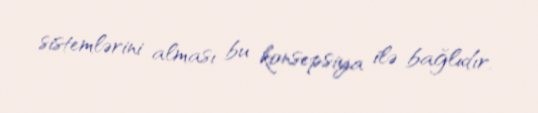
sistemlərini alması bu konsepsiya ilə bağlıdır.